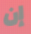
إن